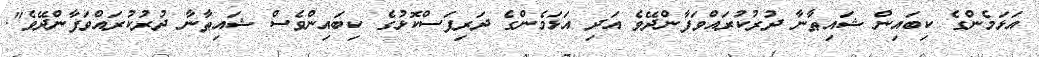
އަޅަމެންގެ ކިބައިން ޝައިޠާނާ ދުރުކުރައްވަފާންދޭވެ އަދި އަޅަމެންގެ ދަރިފަސްކޮޅުގެ ކިބައިންވެސް ޝައިޠާނާ ދުރުކުރައްވަފާންދޭވެ".